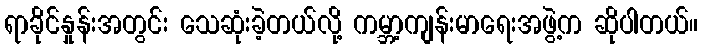
ရာခိုင်နှုန်းအတွင်း သေဆုံးခဲ့တယ်လို့ ကမ္ဘာ့ကျန်းမာရေးအဖွဲ့က ဆိုပါတယ်။